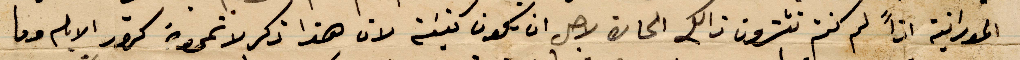
المورانية اذًا لم انتم تشترون ذلك الحارة لاجل ان يكون كنية لان هذا ذكر لا تمر مرور الأيام وما